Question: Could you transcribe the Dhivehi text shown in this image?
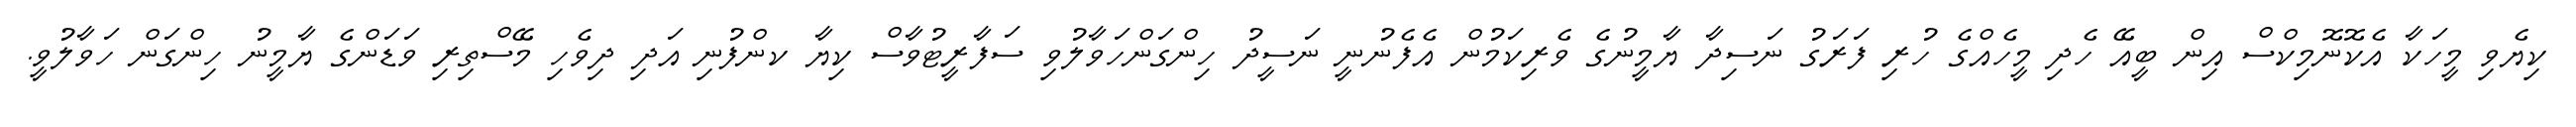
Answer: ކިޔެވި މީހަކާ އެކޮނޮމިކްސް އިން ބީއޭ ހެދި މީހެއްގެ ހުރި ފަރަގު ނަސިދާ ޔާމީނުގެ ވެރިކަމުން އެފެނުނީ ނަސީދު ހިންގަންހަވާލުވި ސަފާރީޓުވާސް ކިޔާ ކންފުނި އަދި ދިވެހި މޭސްތިރި ވަޑަންގެ ޔާމީނު ހިންގަން ހަވާލުވީ.